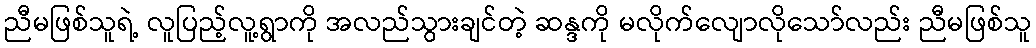
ညီမဖြစ်သူရဲ့ လူပြည့်လူ့ရွာကို အလည်သွားချင်တဲ့ ဆန္ဒကို မလိုက်လျောလိုသော်လည်း ညီမဖြစ်သူ